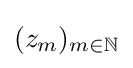
(z_{m})_{m\in \mathbb {N} }